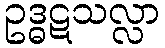
ဥဒ္ဓဋသလ္လာ